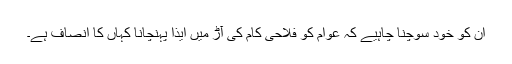
ان کو خود سوچنا چاہیے کہ عوام کو فلاحی کام کی آڑ میں ایذا پہنچانا کہاں کا انصاف ہے۔